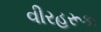
વીરહરૂકા